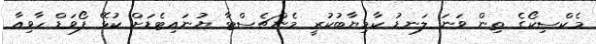
މެކްސިކޯގެ ތިން ވަނަ ލަނޑު ކާމިޔާބުކުރީ މެންޗެސްޓާ ޔުނައިޓެޑަށް ކުޅޭ ފޯވަޑް ހާވިއާ